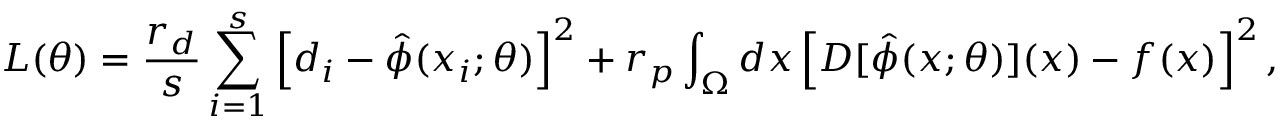
L ( \theta ) = \frac { r _ { d } } { s } \sum _ { i = 1 } ^ { s } \left[ d _ { i } - \hat { \phi } ( x _ { i } ; \theta ) \right] ^ { 2 } + r _ { p } \int _ { \Omega } d x \left[ D [ \hat { \phi } ( x ; \theta ) ] ( x ) - f ( x ) \right] ^ { 2 } ,